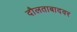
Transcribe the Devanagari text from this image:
दौलताबादवर